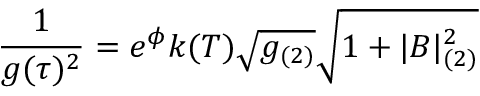
{ \frac { 1 } { g ( \tau ) ^ { 2 } } } = e ^ { \phi } k ( T ) \sqrt { g _ { ( 2 ) } } \sqrt { 1 + | B | _ { ( 2 ) } ^ { 2 } }